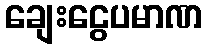
ချေးငွေပမာဏ